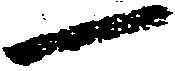
一